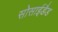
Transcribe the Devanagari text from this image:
सोसाईडैड